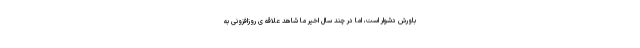
باورش دشوار است، اما در چند سال اخیر ما شاهد علاقه ی روزافزونی به